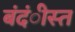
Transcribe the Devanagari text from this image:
बंदंीस्त